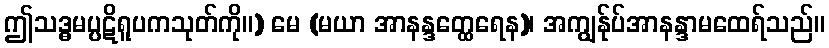
ဤသဒ္ဓမပ္ပဋိရူပကသုတ်ကို။) မေ (မယာ အာနန္ဒတ္ထေရေန)၊ အကျွန်ုပ်အာနန္ဒာမထေရ်သည်။